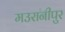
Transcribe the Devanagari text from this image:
मउरानीपुर